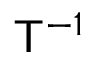
{ \mathsf { T } } ^ { - 1 }